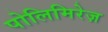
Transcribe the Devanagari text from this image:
पोलिमिरेज़